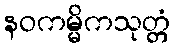
နဝကမ္မိကသုတ္တံ